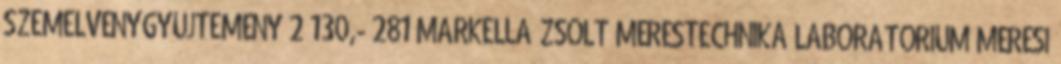
SZEMELVÉNYGYŰJTEMÉNY 2 130,- 281 MARKELLA ZSOLT MÉRÉSTECHNIKA LABORATÓRIUM MÉRÉSI